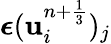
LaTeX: \boldsymbol{\epsilon}(\mathbf u_{i}^{n+\frac{1}{3}})_{j}